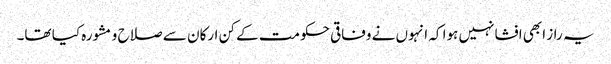
یہ راز ابھی افشا نہیں ہوا کہ انہوں نے وفاقی حکومت کے کن ارکان سے صلاح و مشورہ کیا تھا۔